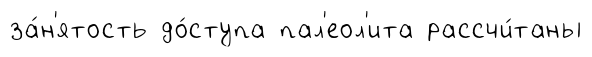
за́н'ятость до́ступа пал'еол'ита рассчи́таны